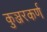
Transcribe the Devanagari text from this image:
कुञ्जरकर्ण